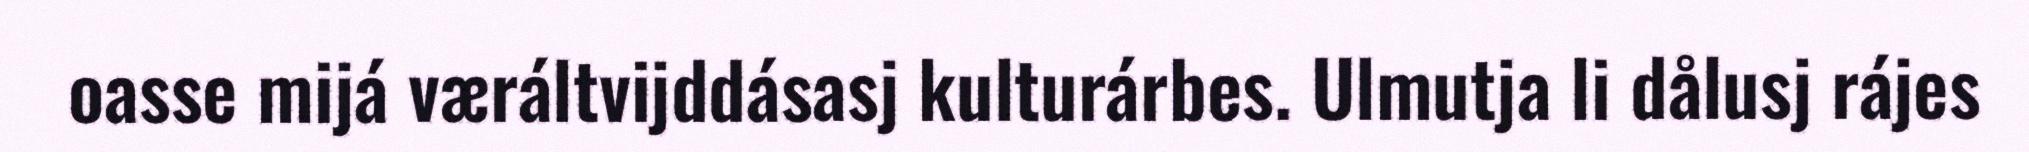
oasse mijá væráltvijddásasj kulturárbes. Ulmutja li dålusj rájes